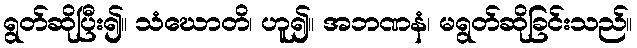
ရွတ်ဆိုပြီး၍။ သံဃောတိ၊ ဟူ၍။ အဘဏနံ၊ မရွတ်ဆိုခြင်းသည်။